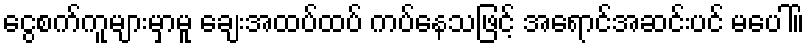
ငွေစက်ကူများမှာမူ ချေးအထပ်ထပ် ကပ်နေသဖြင့် အရောင်အဆင်းပင် မပေါ်။